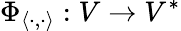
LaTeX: \Phi_{\langle\cdot,\cdot\rangle}:V\to V^{*}